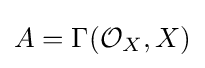
A=\Gamma ({\mathcal {O}}_{X},X)